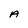
Character: A